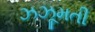
ઝઝૂમતી